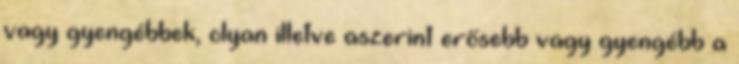
vagy gyengébbek, olyan illetve aszerint erősebb vagy gyengébb a